Report on vaccination in Madras 1877-1894 - 1877-1894
Year: 1877
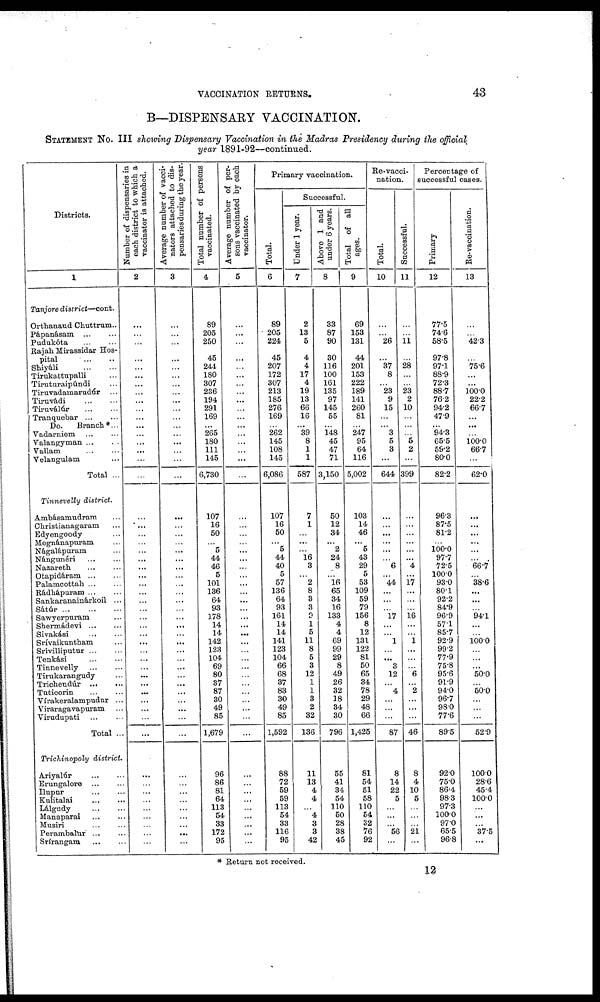
VACCINATION RETURNS.
43
B—DISPENSARY VACCINATION.
STATEMENT No. III showing Dispensary Vaccination in the Madras Presidency during the official
year 1891-92—continued.
Districts.
1
Tanjore district—cont.
Orthanaud Chuttrum..
Pápanásam
...
...
Pudukóta
...
...
Rajah Mirassidar Hos-
pital
...
...
Shiyáli
...
...
Tirukattupalli ...
Tiruturaipúndi ...
Tiruvadamarudúr ...
Tiruvádi ... ...
Tiruválúr ... ...
Tranquebar
...
...
Do.
Branch*...
Vadarniem
...
...
Valangyman ... ...
Vallam ... ...
Velangulam ...
Total ...
Tinnevelly district.
Ambásamudram ...
Christianagaram ...
Edyengoody ...
Megnánapuram ...
Nágalápuram ...
Nángunéri
...
...
Nazareth ... ...
Otapidáram ... ...
Palamcottah ... ...
Rádhápuram ... ...
Sankaranainárkoil ...
Sátúr
...
...
...
Sawyerpuram ...
Shermádevi ... ...
Sivakási
...
...
Srívaikuntham ...
Srívilliputur ... ...
Tenkási
...
...
Tinnevelly
...
...
Tirukarangudy ...
Trichendúr
...
...
Tuticorin
...
...
Vírakeralampudur ...
Viraragavapuram ...
Virudupati
...
...
Total ...
Trichinopoly district.
Ariyalúr
...
...
Erungalore
...
...
Ilupur
...
...
Kulitalai
...
...
Lálgudy
...
...
Manaparai
...
...
Musiri
...
...
Perambalur ... ...
Srírangam
...
...
Number of dispensaries in
each district to which a
vaccinator is attached.
2
...
...
...
...
...
...
...
...
...
...
...
...
...
...
...
...
...
...
...
...
...
...
...
...
...
...
...
...
...
...
...
...
...
...
...
...
...
...
...
...
...
...
...
...
...
...
...
...
...
...
...
...
Average number of vacci-
nators attached to dis-
pensaries during the year.
3
...
...
...
...
...
...
...
...
...
...
...
...
...
...
...
...
...
...
...
...
...
...
...
...
...
...
...
...
...
...
...
...
...
...
...
...
...
...
...
...
...
...
...
...
...
...
...
...
...
...
...
...
Total number of persons
vaccinated.
4
89
205
250
45
241
180
307
236
194
291
169
...
265
180
111
145
6,730
107
16
50
... 5
44
46
5
101
136
64
93
178
14
14
142
123
104
69
80
37
87
30
49
85
1,679
96
86
81
64
113
54
33
172
95
Average number of per-
sons vaccinated by each
vaccinator.
5
...
...
...
...
...
...
...
...
...
...
...
...
...
...
...
...
...
...
...
...
...
...
...
...
...
...
...
...
...
...
...
...
...
...
...
...
...
...
...
...
...
...
...
...
...
...
...
...
...
...
...
...
Primary vaccination.
Total.
6
89
205
224
45
207
172
307
213
185
276
169
...
262
145
108
145
6,086
107
16
50
... 5
44
40
5
57
136
64
93
161
14
14
141
123
104
66
68
37
83
30
49
85
1,592
88
72
59
59
113
54
33
116
95
Successful.
Under 1 year.
7
2
13
5
4
4
17
4
19
13
66
16
...
39
8
1
1
587
7
1
...
...
...
16
3
...
2
8
3
3
9
1
5
11
8
5
3
12
1
1
3
2
32
136
11
13
4
4
...
4
3
3
42
Above 1 and
under 6 years.
8
33
87
90
30
116
100
161
135
97
145
55
...
148
45
47
71
3,150
50
12
34
... 2
24
8
...
16
65
34
16
133
4
4
69
99
29
8
49
26
32
18
34
30
796
55
41
34
54
110
50
28
38
45
Total of all
ages.
9
69
153
131
44
201
153
222
189
141
260
81
...
247
95
64
116
5,002
103
14
46
... 5
43
29
5
53
109
59
79
156
8
12
131
122
81
50
65
34
78
29
48
66
1,425
81
54
51
58
110
54
32
76
92
Re-vacci-
nation.
Total.
10
...
...
26
...
37
8
...
23
9
15
...
...
3 5
3
...
644
...
...
...
...
...
...
6
...
44
...
...
...
17
...
...
1
...
... 3
12
... 4
...
...
...
87
8
14
22
5
...
...
...
56
...
Successful.
11
...
...
11
...
28
...
...
23
2
10
...
...
...
5
2
...
399
...
...
...
...
...
...
4
...
17
...
...
...
16
...
...
1
...
...
...
6
...
2
...
...
...
46
8
4
10
5
...
...
...
21
...
Percentage of
successful cases.
Primary
12
77.5
74.6
58.5
97.8
97.1
88.9
72.3
88.7
76.2
94.2
47.9
...
94.3
65.5
59.2
80.0
82.2
96.3
87.5
81.2
...
100.0
97.7
72.5
100.0
93.0
80.1
92.2
84.9
96.9
57.1
85.7
92.9
99.2
77.9
75.8
95.6
91.9
94.0
96.7
98.0
77.6
89.5
92.0
75.0
86.4
98.3
97.3
100.0
97.0
65.5
96.8
Re-vaccination.
13
...
...
42.3
...
75.6
...
...
100.0
22.2
66.7
...
...
...
100.0
66.7
...
62.0
...
...
...
...
...
...
66.7
...
38.6
...
...
...
94.1
...
...
100.0
...
...
...
50.0
...
50.0
...
...
...
52.9
100.0
28.6
45.4
100.0
...
...
...
37.5
...
* Return not received.
12